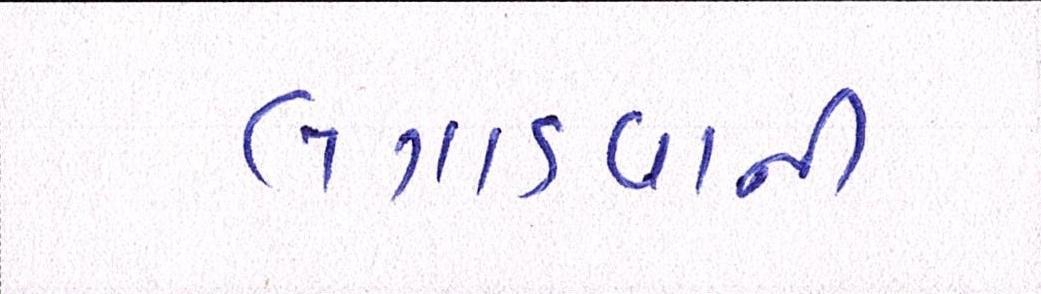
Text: લગાડવાની